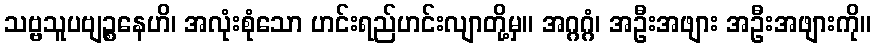
သဗ္ဗသူပဗျဉ္စနေဟိ၊ အလုံးစုံသော ဟင်းရည်ဟင်းလျာတို့မှ။ အဂ္ဂဂ္ဂံ၊ အဦးအဖျား အဦးအဖျားကို။